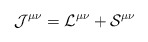
\begin{align*}\mathcal{J^{\mu \nu }=L^{\mu \nu }+S}^{\mu \nu }\end{align*}